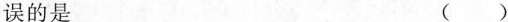
误的是 ( )